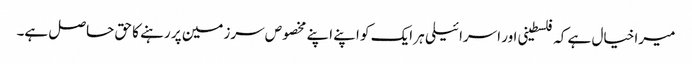
میرا خیال ہے کہ فلسطینی اور اسرائیلی ہر ایک کو اپنے اپنے مخصوص سرزمین پر رہنے کا حق حاصل ہے۔